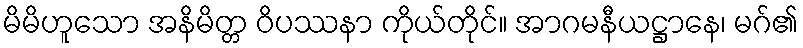
မိမိဟူသော အနိမိတ္တ ဝိပဿနာ ကိုယ်တိုင်။ အာဂမနီယဋ္ဌာနေ၊ မဂ်၏